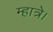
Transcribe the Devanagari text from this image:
म्हात्रे।